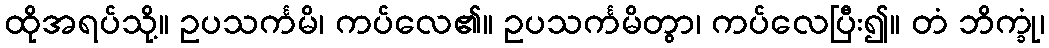
ထိုအရပ်သို့။ ဥပသင်္ကမိ၊ ကပ်လေ၏။ ဥပသင်္ကမိတွာ၊ ကပ်လေပြီး၍။ တံ ဘိက္ခုံ၊